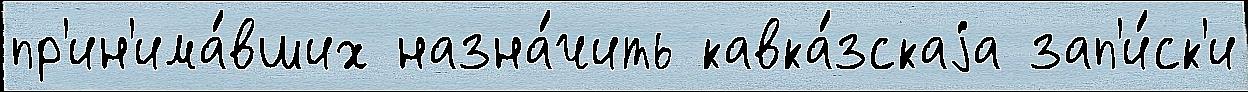
пр'ин'има́вших назна́чить кавка́зскаjа зап'и́ск'и